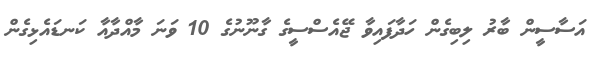
އަސާސީން ބާރު ލިބިގެން ހަދާފައިވާ ޖޭއެސްސީގެ ގާނޫނުގެ 10 ވަނަ މާއްދާއާ ކަނޑައެޅިގެން